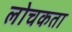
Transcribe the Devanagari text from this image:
लोचकता